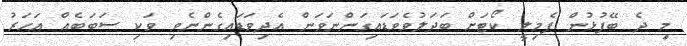
މި ދެ ބޭފުޅުން ފެމިލީ ކޯޓަށް ބަދަލުވެވަޑައިގަންނަވަން އެދިވަޑައިގެންނެވި ވަކި ސަބަބެއް އަހަރު